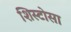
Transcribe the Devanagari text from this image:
शिस्टोसा